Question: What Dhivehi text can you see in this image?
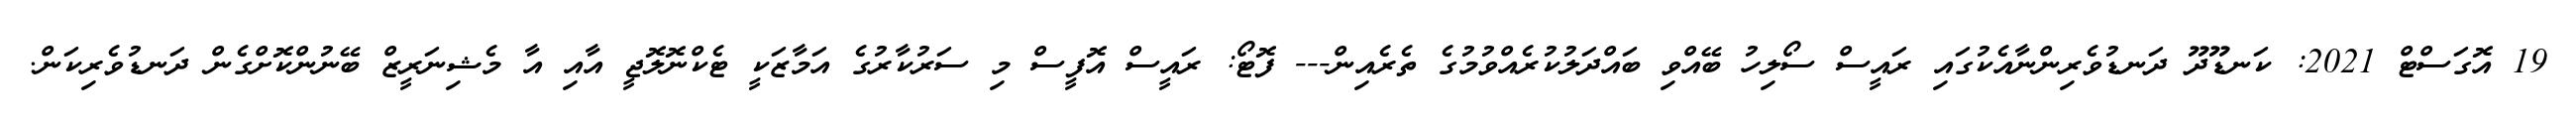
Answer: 19 އޮގަސްޓް 2021: ކަނޑޫދޫ ދަނޑުވެރިންނާއެކުގައި ރައީސް ސޯލިހު ބޭއްވި ބައްދަލުކުރެއްވުމުގެ ތެރެއިން--- ފޮޓޯ: ރައީސް އޮފީސް މި ސަރުކާރުގެ އަމާޒަކީ ޓެކްނޮލޮޖީ އާއި އާ މެޝިނަރީޒް ބޭނުންކޮށްގެން ދަނޑުވެރިކަން.